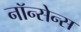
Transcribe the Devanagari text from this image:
नॉन्सेन्स